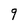
Character: 9